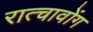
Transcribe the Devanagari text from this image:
रात्चावोंग